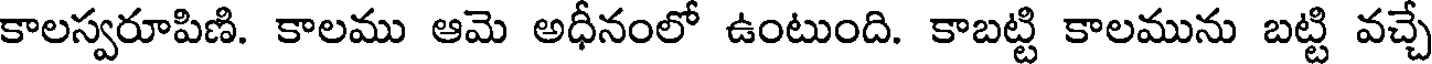
కాలస్వరూపిణి. కాలము ఆమె అధీనంలో ఉంటుంది. కాబట్టి కాలమును బట్టి వచ్చే